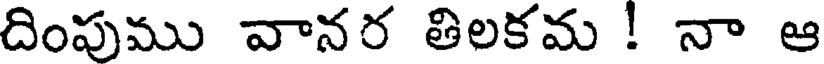
దింపుము వానర తిలకమ ! నా ఆ